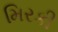
મિરકી